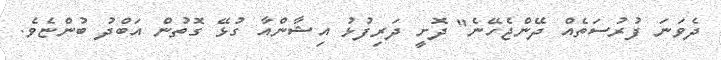
ދެވަނަ ފުރުސަތެއް ދޭންޖެހޭނެ" ދޮށީ ދަރިފުޅު އިޝާންއާ ގުޅޭ ގޮތުން އަބްދު ބުންޏެވެ.